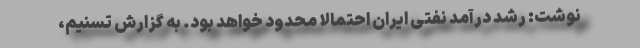
نوشت: رشد درآمد نفتی ایران احتمالاً محدود خواهد بود. به گزارش تسنیم،